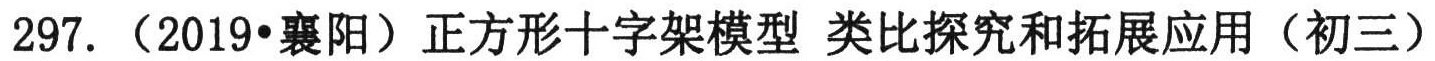
297. （2019•襄阳）正方形十字架模型 类比探究和拓展应用（初三）